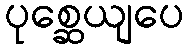
ပုစ္ဆေယျပေ